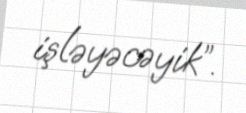
işləyəcəyik”.